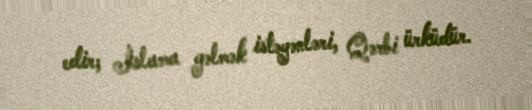
edir; İslama gəlmək istəyənləri, Qərbi ürküdür.